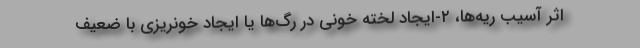
اثر آسیب ریه‌ها، ۲-ایجاد لخته خونی در رگ‌ها یا ایجاد خونریزی با ضعیف